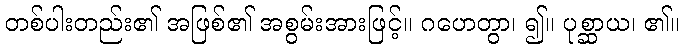
တစ်ပါးတည်း၏ အဖြစ်၏ အစွမ်းအားဖြင့်။ ဂဟေတွာ၊ ၍။ ပုစ္ဆာယ၊ ၏။